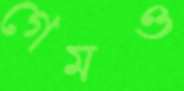
গেমও